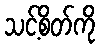
သင့်စိတ်ကို